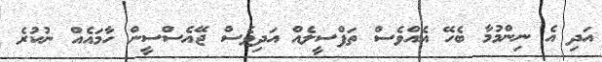
އަދި އެ ނިންމުމާ ބެހޭ އެއްވެސް ތަފްސީލެއް އަދިވެސް ޖޭއެސްސީން ހާމައެއް ނުކުރެ